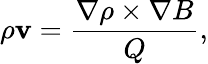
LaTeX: \rho{\mathbf v}=\frac{\nabla\rho\times\nabla B}{Q},